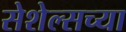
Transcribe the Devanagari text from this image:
सेशेल्सच्या